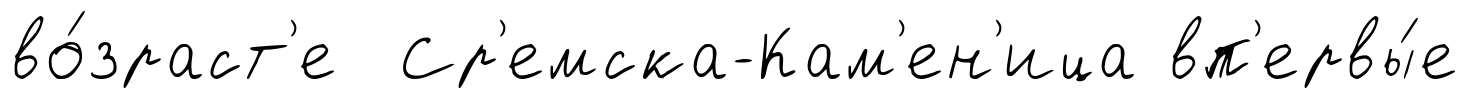
во́зраст'е Ср'емска-Кам'ен'ица вп'ервы́е